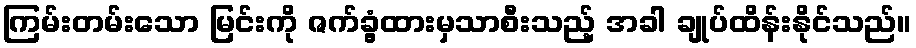
ကြမ်းတမ်းသော မြင်းကို ဇက်ခွံ့ထားမှသာစီးသည့် အခါ ချုပ်ထိန်းနိုင်သည်။